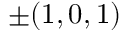
\pm ( 1 , 0 , 1 )